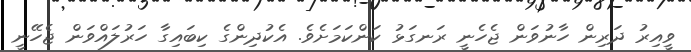
ވީއިރު ދަރިން ހާނުވަން ޖެހެނީ ރަނގަޅު ކަންކަމަށެވެ. އެކުދިންގެ ކިބައިގާ ހަރުލައްވަން ޖެހޭނީ